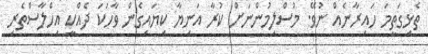
ތެޅިގަތީމަ ހައިރާނެއް ނުވޭ. މުސްލިމުންނަށް ކުރާ އަނިޔާ ކިޔައިގެން ވާހަކަ ދެއްކީ އިހްލާސްތެރި